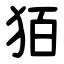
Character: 㹮